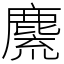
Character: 麍